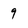
Character: 9